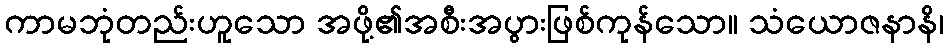
ကာမဘုံတည်းဟူသော အဖို့၏အစီးအပွားဖြစ်ကုန်သော။ သံယောဇနာနိ၊